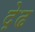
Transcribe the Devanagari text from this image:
द़ेढ